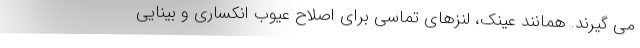
می گیرند. همانند عینک، لنزهای تماسی برای اصلاح عیوب انکساری و بینایی